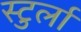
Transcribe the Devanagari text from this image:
स्टुर्ला